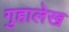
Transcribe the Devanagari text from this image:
गुहालेख